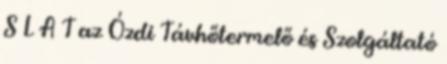
S L A T az Ózdi Távhőtermelő és Szolgáltató